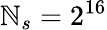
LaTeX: \mathbb{N}_{s}=2^{16}